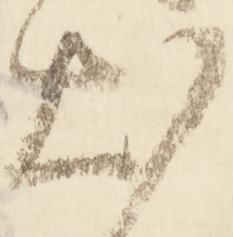
出